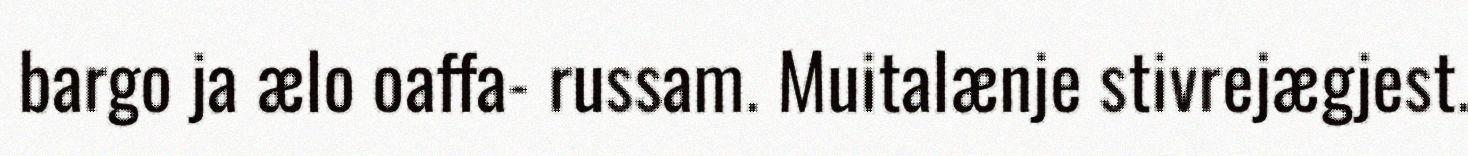
bargo ja ælo oaffa- russam. Muitalænje stivrejægjest.